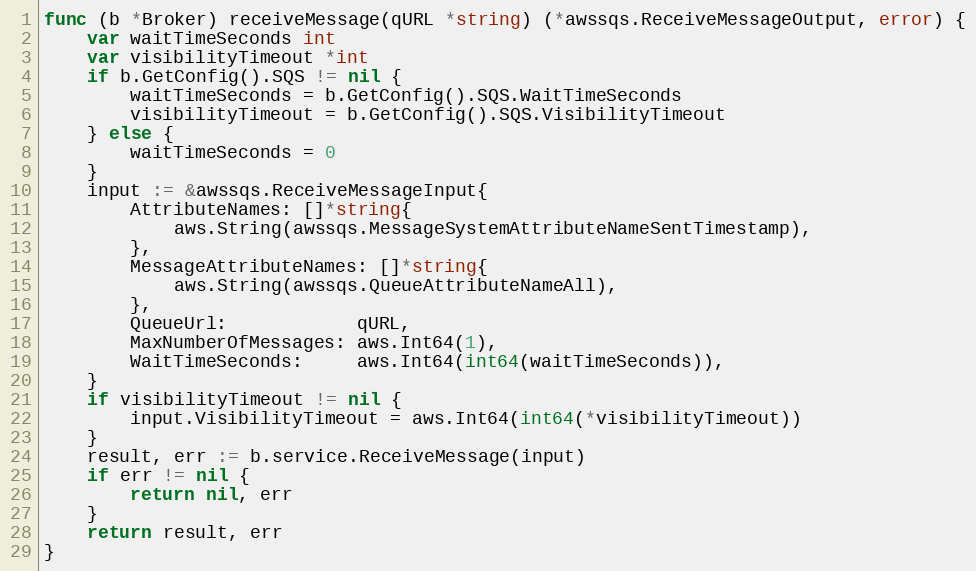
Language: Go
func (b *Broker) receiveMessage(qURL *string) (*awssqs.ReceiveMessageOutput, error) {
	var waitTimeSeconds int
	var visibilityTimeout *int
	if b.GetConfig().SQS != nil {
		waitTimeSeconds = b.GetConfig().SQS.WaitTimeSeconds
		visibilityTimeout = b.GetConfig().SQS.VisibilityTimeout
	} else {
		waitTimeSeconds = 0
	}
	input := &awssqs.ReceiveMessageInput{
		AttributeNames: []*string{
			aws.String(awssqs.MessageSystemAttributeNameSentTimestamp),
		},
		MessageAttributeNames: []*string{
			aws.String(awssqs.QueueAttributeNameAll),
		},
		QueueUrl:            qURL,
		MaxNumberOfMessages: aws.Int64(1),
		WaitTimeSeconds:     aws.Int64(int64(waitTimeSeconds)),
	}
	if visibilityTimeout != nil {
		input.VisibilityTimeout = aws.Int64(int64(*visibilityTimeout))
	}
	result, err := b.service.ReceiveMessage(input)
	if err != nil {
		return nil, err
	}
	return result, err
}